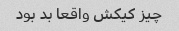
چیز کیکش واقعا بد بود